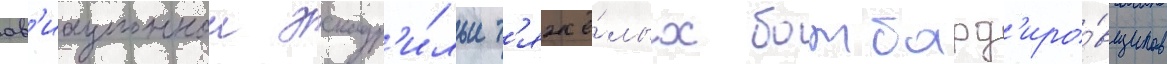
ав'иационнои эскадр'и́льи т'яжё́лых бомбард'иро́вщиков